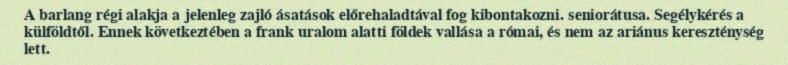
A barlang régi alakja a jelenleg zajló ásatások előrehaladtával fog kibontakozni. seniorátusa. Segélykérés a külföldtől. Ennek következtében a frank uralom alatti földek vallása a római, és nem az ariánus kereszténység lett.